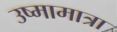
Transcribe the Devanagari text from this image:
उष्मामात्रा